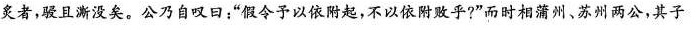
炙者，驳且渐没矣。公乃自叹日；”假令予以依附起，不以依附败乎?”而时相蒲州、苏州两公，其子